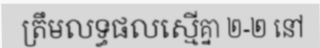
ត្រឹមលទ្ធផលស្មើគ្នា ២-២ នៅ